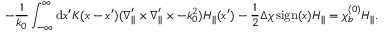
- \frac { 1 } { k _ { 0 } } \int _ { - \infty } ^ { \infty } \mathrm { d } x ^ { \prime } K ( x - x ^ { \prime } ) ( \ensuremath { \boldsymbol { \nabla } } _ { | | } ^ { \prime } \times \ensuremath { \boldsymbol { \nabla } } _ { | | } ^ { \prime } \times - k _ { 0 } ^ { 2 } ) \ensuremath { \boldsymbol { H } } _ { | | } ( x ^ { \prime } ) - \frac { 1 } { 2 } \Delta \chi \ensuremath { \operatorname { s i g n } } ( x ) \ensuremath { \boldsymbol { H } } _ { | | } = \chi _ { b } ^ { ( 0 ) } \ensuremath { \boldsymbol { H } } _ { | | } .